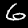
Digit: 6